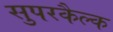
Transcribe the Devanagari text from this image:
सुपरकैल्क